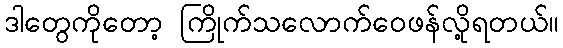
ဒါတွေကိုတော့ ကြိုက်သလောက်ဝေဖန်လို့ရတယ်။